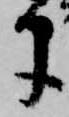
に